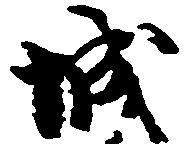
城